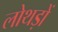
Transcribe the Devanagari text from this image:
लोथड़ों